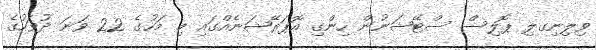
ވިލިނިގލި ޕޮލިސް ސްޓޭޝަނުން ހިންގި އޮޕަރޭޝަނެއްގައި މި މަހުގެ 22 ވަނަ ދުވަހުގެ